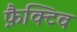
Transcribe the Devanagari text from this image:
फ़ैक्टिव